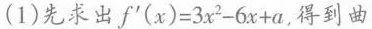
(1)先求出 $$f ^ { \prime } ( x ) = 3 x ^ { 2 } - 6 x + a$$ ，得到曲